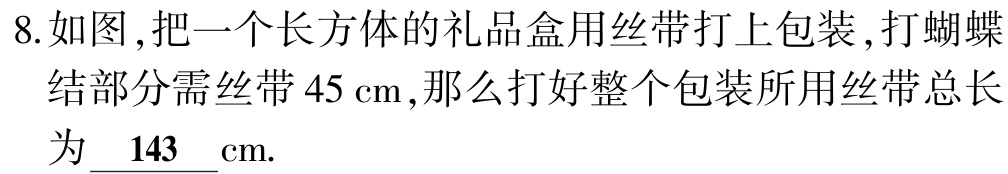
8.如图 ,把一个长方体的礼品盒用丝带打上包装 ,打蝴蝶结部分需丝带 \(45\mathrm{cm}\),那么打好整个包装所用丝带总长为\(\underline{ 143}\mathrm{cm}\).